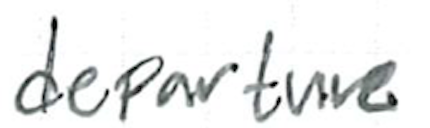
Text: departure
Cross-out: clean
Writing tool: ballpoint